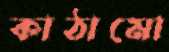
কাঠামো